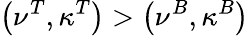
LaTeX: \left(\nu^{T},\kappa^{T}\right)>\left(\nu^{B},\kappa^{B}\right)